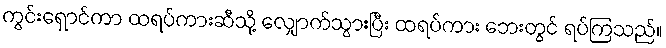
ကွင်းရှောင်ကာ ထရပ်ကားဆီသို့ လျှောက်သွားပြီး ထရပ်ကား ဘေးတွင် ရပ်ကြသည်။